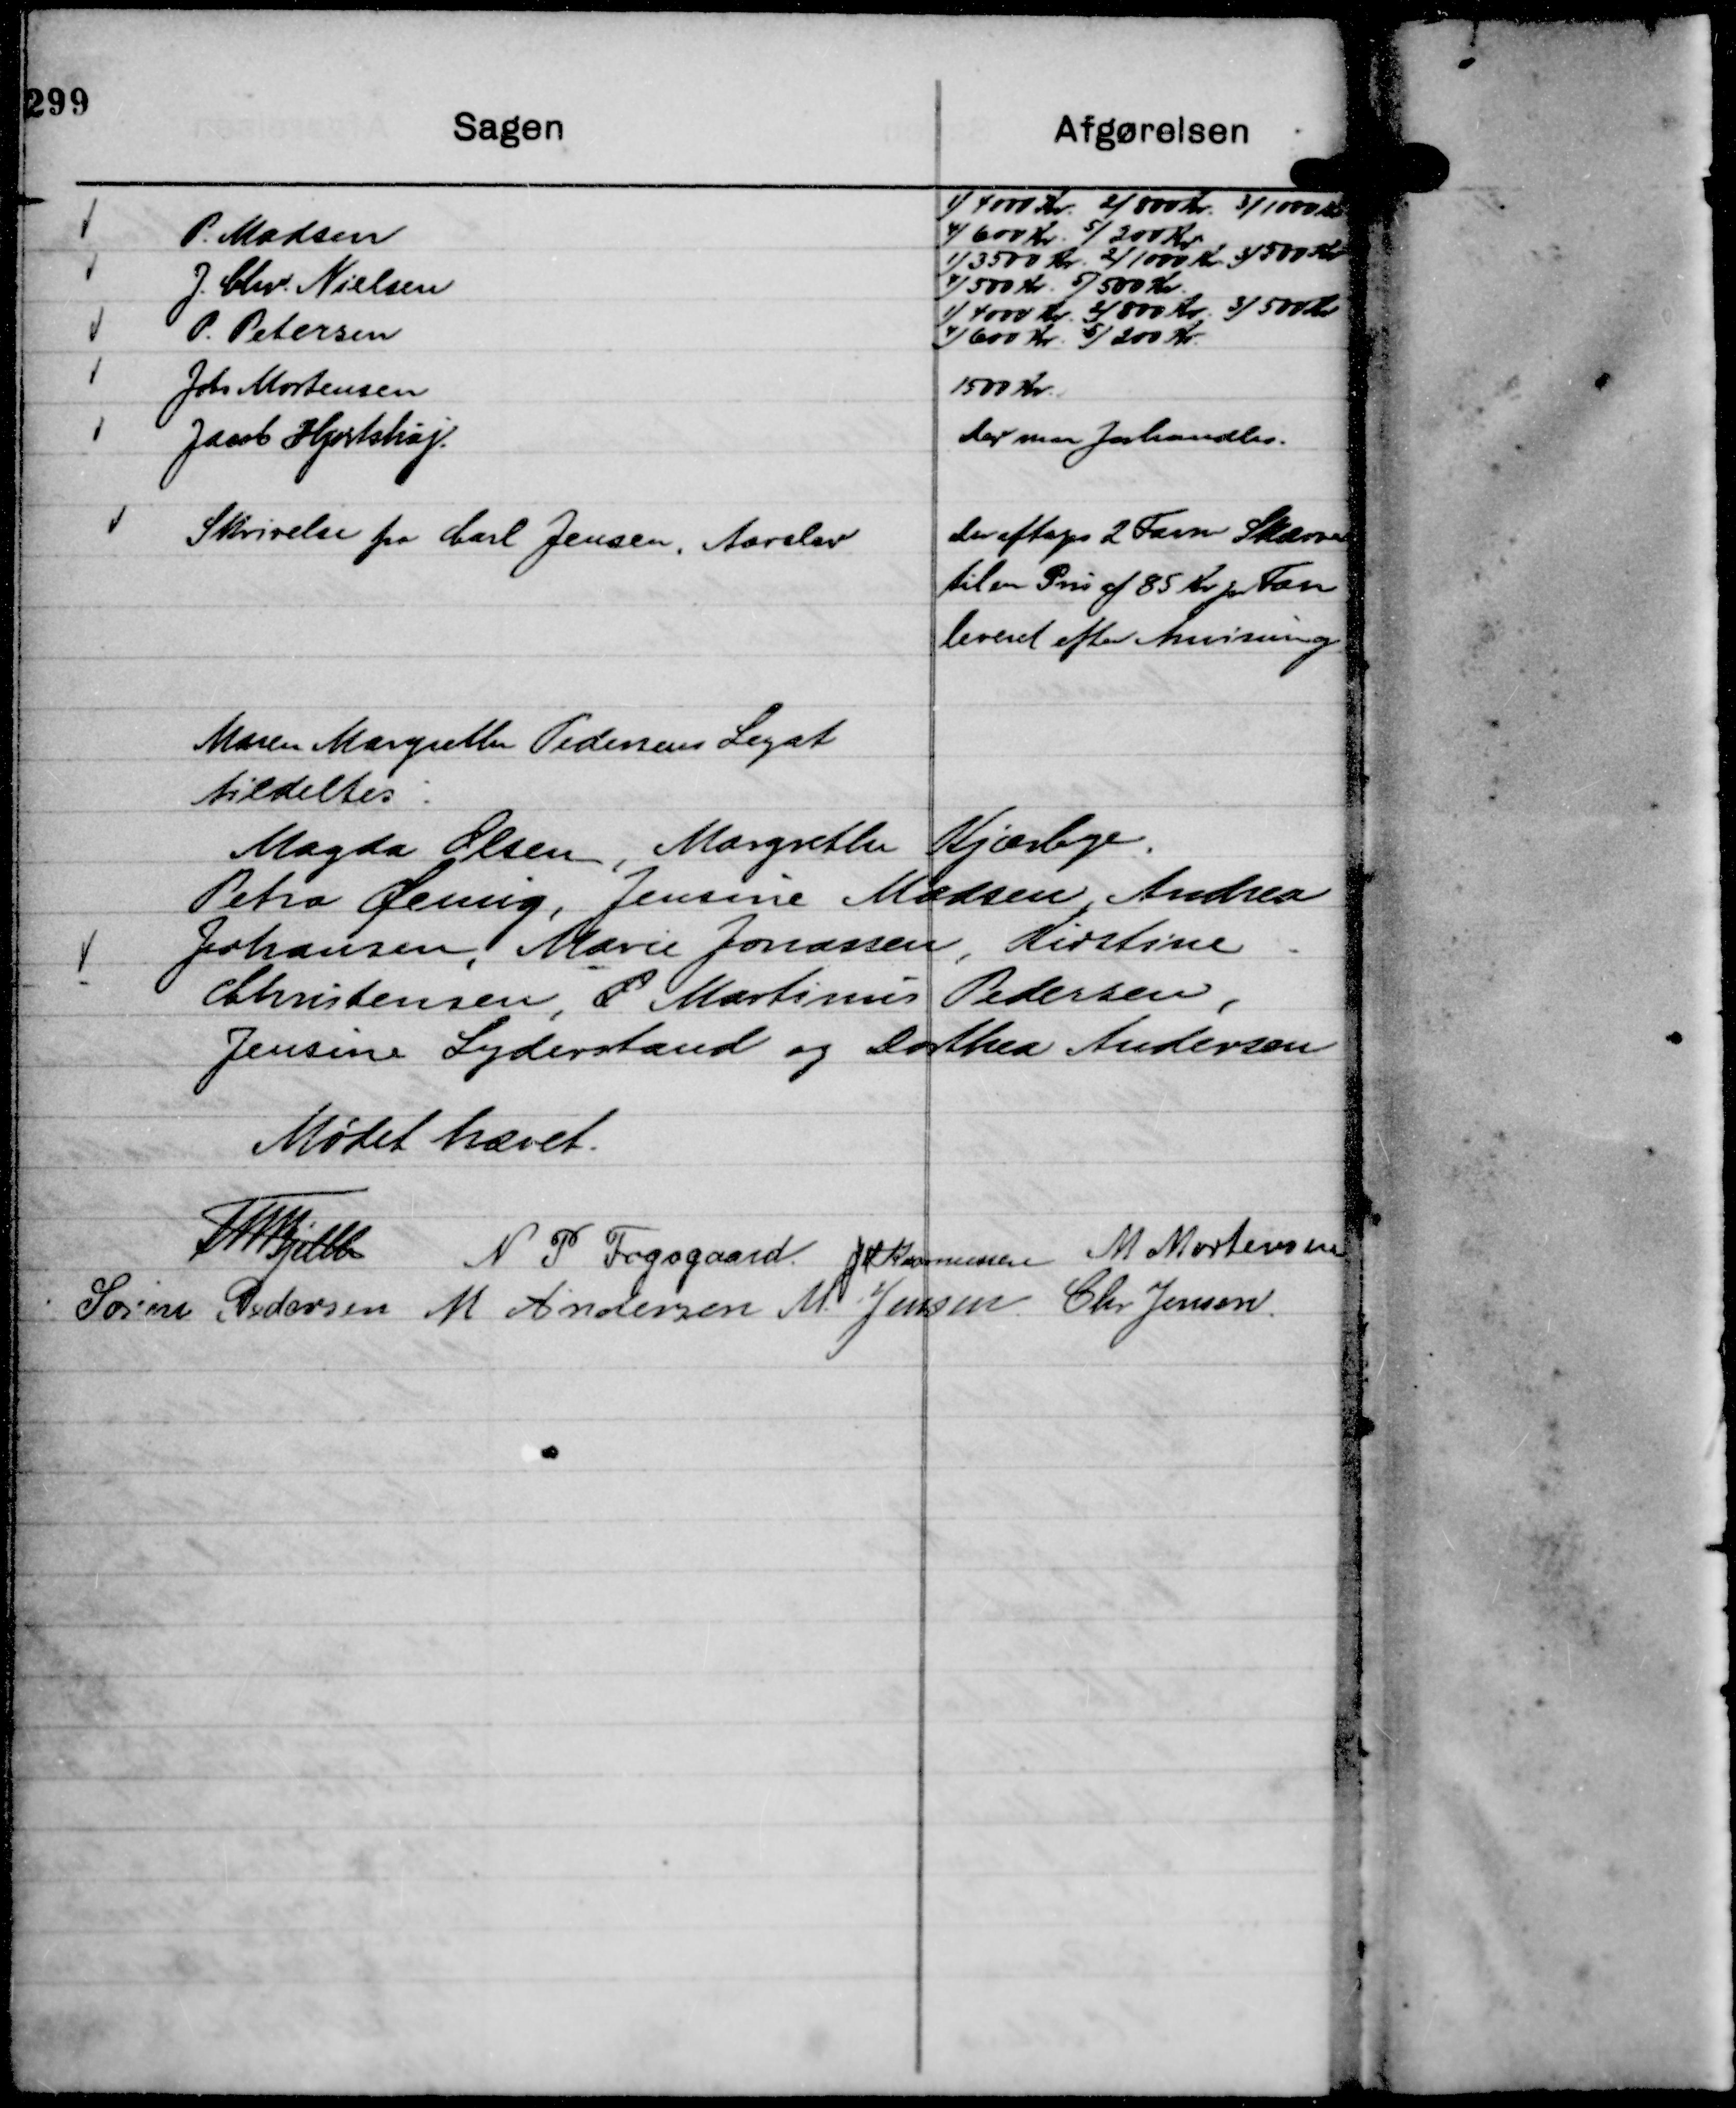
Transskription:
P. Madsen
1) 4000 Kr. 2) 800 Kr. 3) 1000 Kr
4) 600 Kr. 5) 200 Kr.

J. Chr. Nielsen
1) 3500 Kr. 2) 1000 Kr 3) 500 Kr
4) 500 Kr. 5) 500 Kr.

P. Petersen
1) 4000 Kr. 2) 800 Kr. 3) 500 Kr
4) 600 Kr. 5) 200 Kr.

Johs Mortensen
1500 Kr.

Jacob Hjortshøj.
Der maa forhandles.

Skrivelse fra Carl Jensen, Aarslev

Der aftages 2 Favn Skærver
til en Pris af 85 Kr pr Fan
leveret efter Anvisning

Maren Margrethe Pedersens Legat
tildeltes:
Magda Olsen, Margrethe Kjærbye,
Petra Oemig, Jensine Madsen, Andrea
Johansen, Marie Jonassen, Kirstine
Christensen, P. Martinus Pedersen,
Jensine Lyderstand og Dorthea Andersen

Mødet hævet.
Th Bjelke
N P Fogsgaard.
J M Rasmussen
M Mortensen
Søren Pedersen
M Andersen
M. Jensen
Chr Jensen.